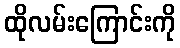
ထိုလမ်းကြောင်းကို